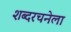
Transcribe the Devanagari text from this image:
शब्दरचनेला